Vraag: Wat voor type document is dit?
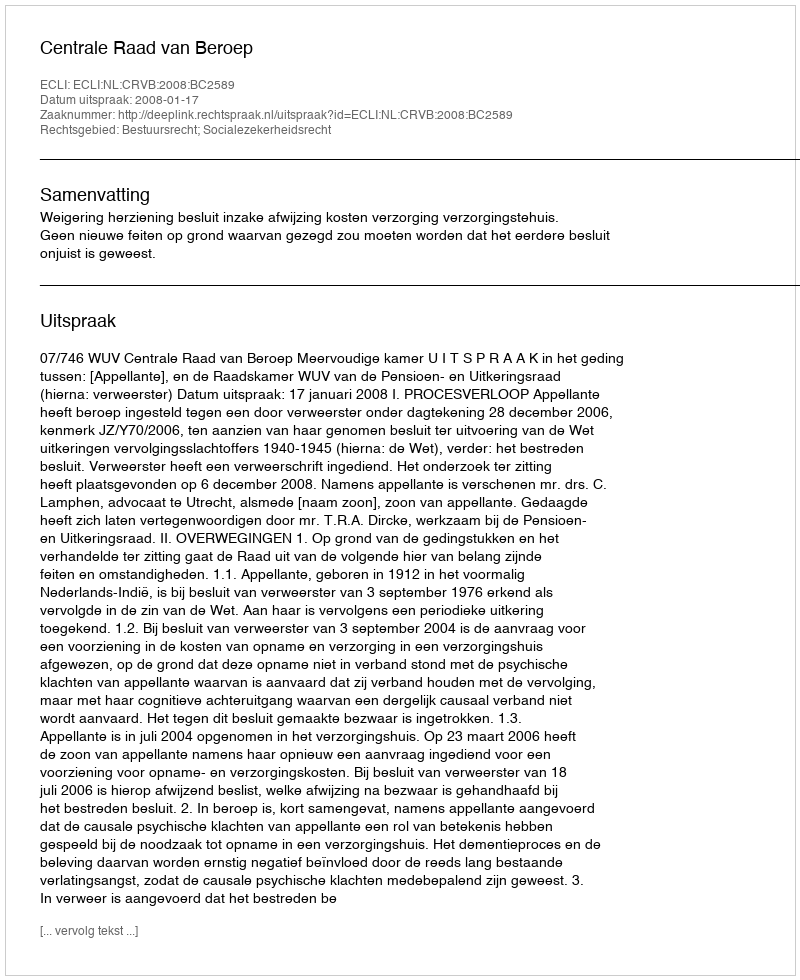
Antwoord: Uitspraak